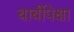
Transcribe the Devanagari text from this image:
बाबींपेक्षा